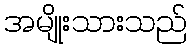
အမျိုးသားသည်